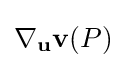
\nabla _{\mathbf {u} }{\mathbf {v} }(P)